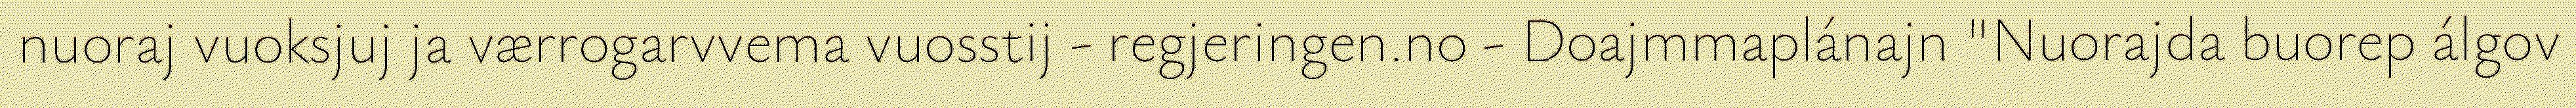
nuoraj vuoksjuj ja værrogarvvema vuosstij - regjeringen.no - Doajmmaplánajn "Nuorajda buorep álgov